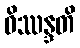
ဝိဿန္ဒတိ